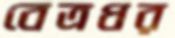
বেত্রধর